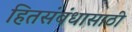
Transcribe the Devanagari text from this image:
हितसंबंधासाठी